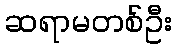
ဆရာမတစ်ဦး